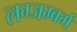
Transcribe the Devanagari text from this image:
लग्जम्बर्ग